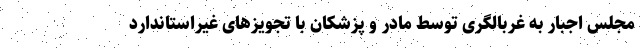
مجلس اجبار به غربالگری توسط مادر و پزشکان با تجویز‌های غیراستاندارد